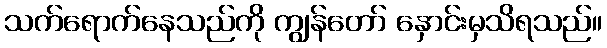
သက်ရောက်နေသည်ကို ကျွန်တော် နှောင်းမှသိရသည်။